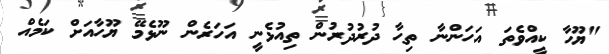
"ޔޫހާ ކީއްވެތަ އަހަންނާ ތިހާ ދުރުދުރުން ތިއުޅެނީ އަހަރެން ނޫޅެމޭ ޔޫހާއަށް ކަމެއް